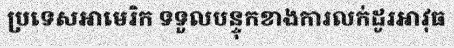
ប្រទេសអាមេរិក ទទួលបន្ទុកខាងការលក់ដូរអាវុធ